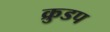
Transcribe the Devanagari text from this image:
क्रुडप